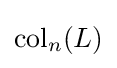
\mathrm {col} _{n}(L)